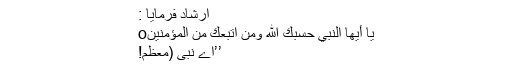
ارشاد فرمایا :
يَا أَيُّهَا النَّبِيُّ حَسْبُكَ اللّهُ وَمَنِ اتَّبَعَكَ مِنَ الْمُؤْمِنِينَo
’’اے نبی (معظم!